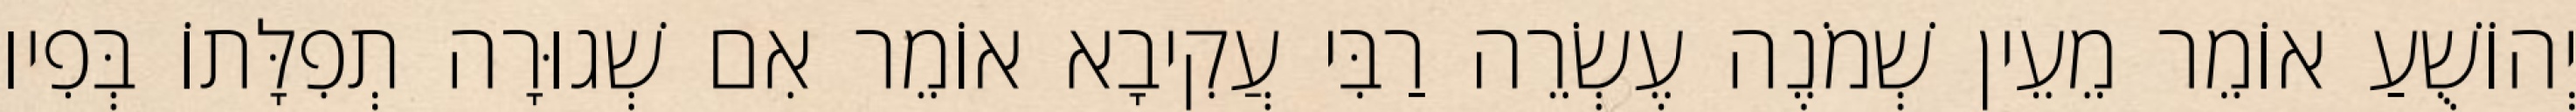
יְהוֹשֻׁעַ אוֹמֵר מֵעֵין שְׁמֹנֶה עֶשְׂרֵה רַבִּי עֲקִיבָא אוֹמֵר אִם שְׁגוּרָה תְפִלָּתוֹ בְּפִיו